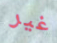
غير